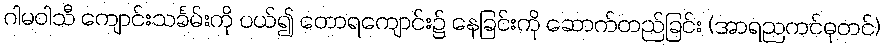
ဂါမဝါသီ ကျောင်းသင်္ခမ်းကို ပယ်၍ တောရကျောင်း၌ နေခြင်းကို ဆောက်တည်ခြင်း (အာရညကင်ဓုတင်)